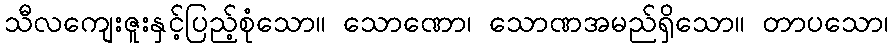
သီလကျေးဇူးနှင့်ပြည့်စုံသော။ သောဏော၊ သောဏအမည်ရှိသော။ တာပသော၊